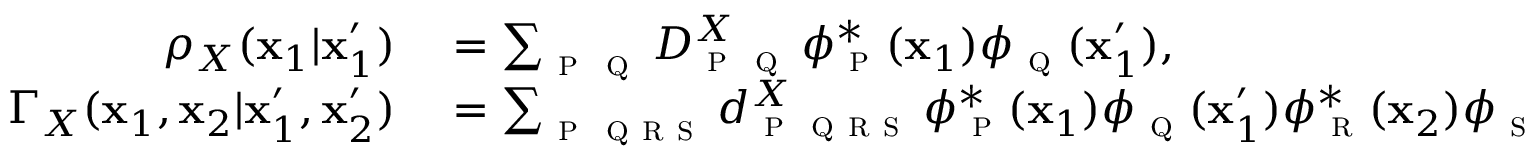
\begin{array} { r l } { \rho _ { X } ( \mathbf { x } _ { 1 } | \mathbf { x } _ { 1 } ^ { \prime } ) } & { { } = \sum _ { \textsc { p } \textsc { q } } D _ { \textsc { p } \textsc { q } } ^ { X } \, \phi _ { \textsc { p } } ^ { * } ( { \mathbf { \mathbf { x } } } _ { 1 } ) \phi _ { \textsc { q } } ( { \mathbf { \mathbf { x } } } _ { 1 } ^ { \prime } ) , } \\ { \Gamma _ { X } ( \mathbf { x } _ { 1 } , \mathbf { x } _ { 2 } | \mathbf { x } _ { 1 } ^ { \prime } , \mathbf { x } _ { 2 } ^ { \prime } ) } & { { } = \sum _ { \textsc { p } \textsc { q r s } } d _ { \textsc { p } \textsc { q r s } } ^ { X } \, \phi _ { \textsc { p } } ^ { * } ( \mathbf { x } _ { 1 } ) \phi _ { \textsc { q } } ( \mathbf { x } _ { 1 } ^ { \prime } ) \phi _ { \textsc { r } } ^ { * } ( \mathbf { x } _ { 2 } ) \phi _ { \textsc { s } } ( \mathbf { x } _ { 2 } ^ { \prime } ) , } \end{array}